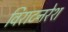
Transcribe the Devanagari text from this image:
विराटनरेश